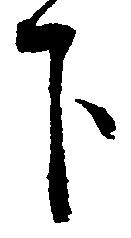
下